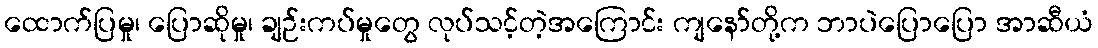
ထောက်ပြမှု၊ ပြောဆိုမှု၊ ချဉ်းကပ်မှုတွေ လုပ်သင့်တဲ့အကြောင်း ကျနော်တို့က ဘာပဲပြောပြော အာဆီယံ